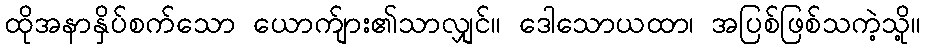
ထိုအနာနှိပ်စက်သော ယောက်ျား၏သာလျှင်။ ဒေါသောယထာ၊ အပြစ်ဖြစ်သကဲ့သို့။